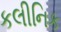
કલીનિક